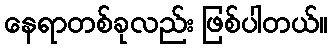
နေရာတစ်ခုလည်း ဖြစ်ပါတယ်။